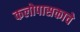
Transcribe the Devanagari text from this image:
कलोपासकाचे